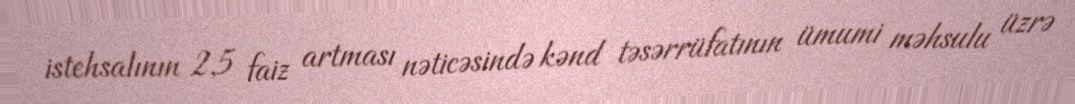
istehsalının 2,5 faiz artması nəticəsində kənd təsərrüfatının ümumi məhsulu üzrə